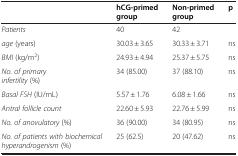
|  | hCG-primed group | Non-primed group | p |
 | --- | --- | --- | --- |
 | Patients | 40 | 42 |  |
 | age (years) | 30.03 ± 3.65 | 30.33 ± 3.71 | ns |
 | BMI (kg/m2) | 24.93 ± 4.94 | 25.37 ± 5.75 | ns |
 | No. of primary infertility  (%) | 34 (85.00) | 37 (88.10) | ns |
 | Basal FSH (IU/mL) | 5.57 ± 1.76 | 6.08 ± 1.66 | ns |
 | Antral follicle count | 22.60 ± 5.93 | 22.76 ± 5.99 | ns |
 | No. of anovulatory (%) | 36 (90.00) | 34 (80.95) | ns |
 | No. of patients with biochemical hyperandrogenism (%) | 25 (62.5) | 20 (47.62) | ns |